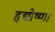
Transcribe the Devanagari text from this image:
हृद्योष्णा